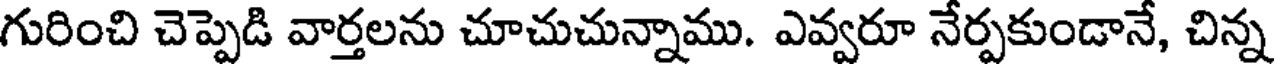
గురించి చెప్పెడి వార్తలను చూచుచున్నాము. ఎవ్వరూ నేర్పకుండానే, చిన్న